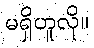
မရှိဟူလို။